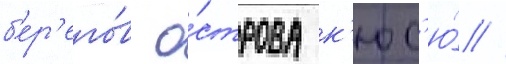
б'ер'его́в о́строва к'юс'ю́ //